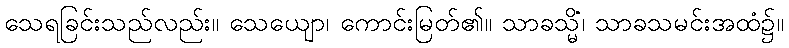
သေရခြင်းသည်လည်း။ သေယျော၊ ကောင်းမြတ်၏။ သာခသ္မိံ၊ သာခသမင်းအထံ၌။